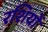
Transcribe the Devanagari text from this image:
रशियों